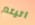
اتيتم